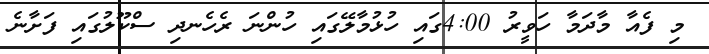
މި ފެއާ މާދަމާ ހަވީރު 4:00ގައި ހުޅުމާލޭގައި ހުންނަ ރެހެނދި ސްކޫލުގައި ފަށާނެ